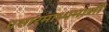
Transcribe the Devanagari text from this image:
प्रसारमाध्यमाशी